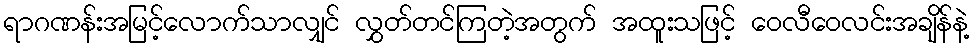
ရာဂဏန်းအမြင့်လောက်သာလျှင် လွှတ်တင်ကြတဲ့အတွက် အထူးသဖြင့် ဝေလီဝေလင်းအချိန်နဲ့